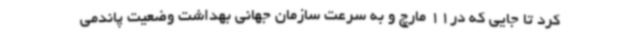
کرد تا جایی که در11 مارچ و به سرعت سازمان جهانی بهداشت وضعیت پاندمی